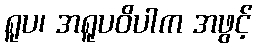
ရူပ၊ အရူပဝိပါက အဖွင့်